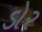
ડોર